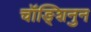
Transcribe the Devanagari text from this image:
चॉङ्शिनुन